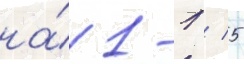
на́ 1-1 / 5